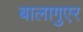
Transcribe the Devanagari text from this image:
बालागुएर